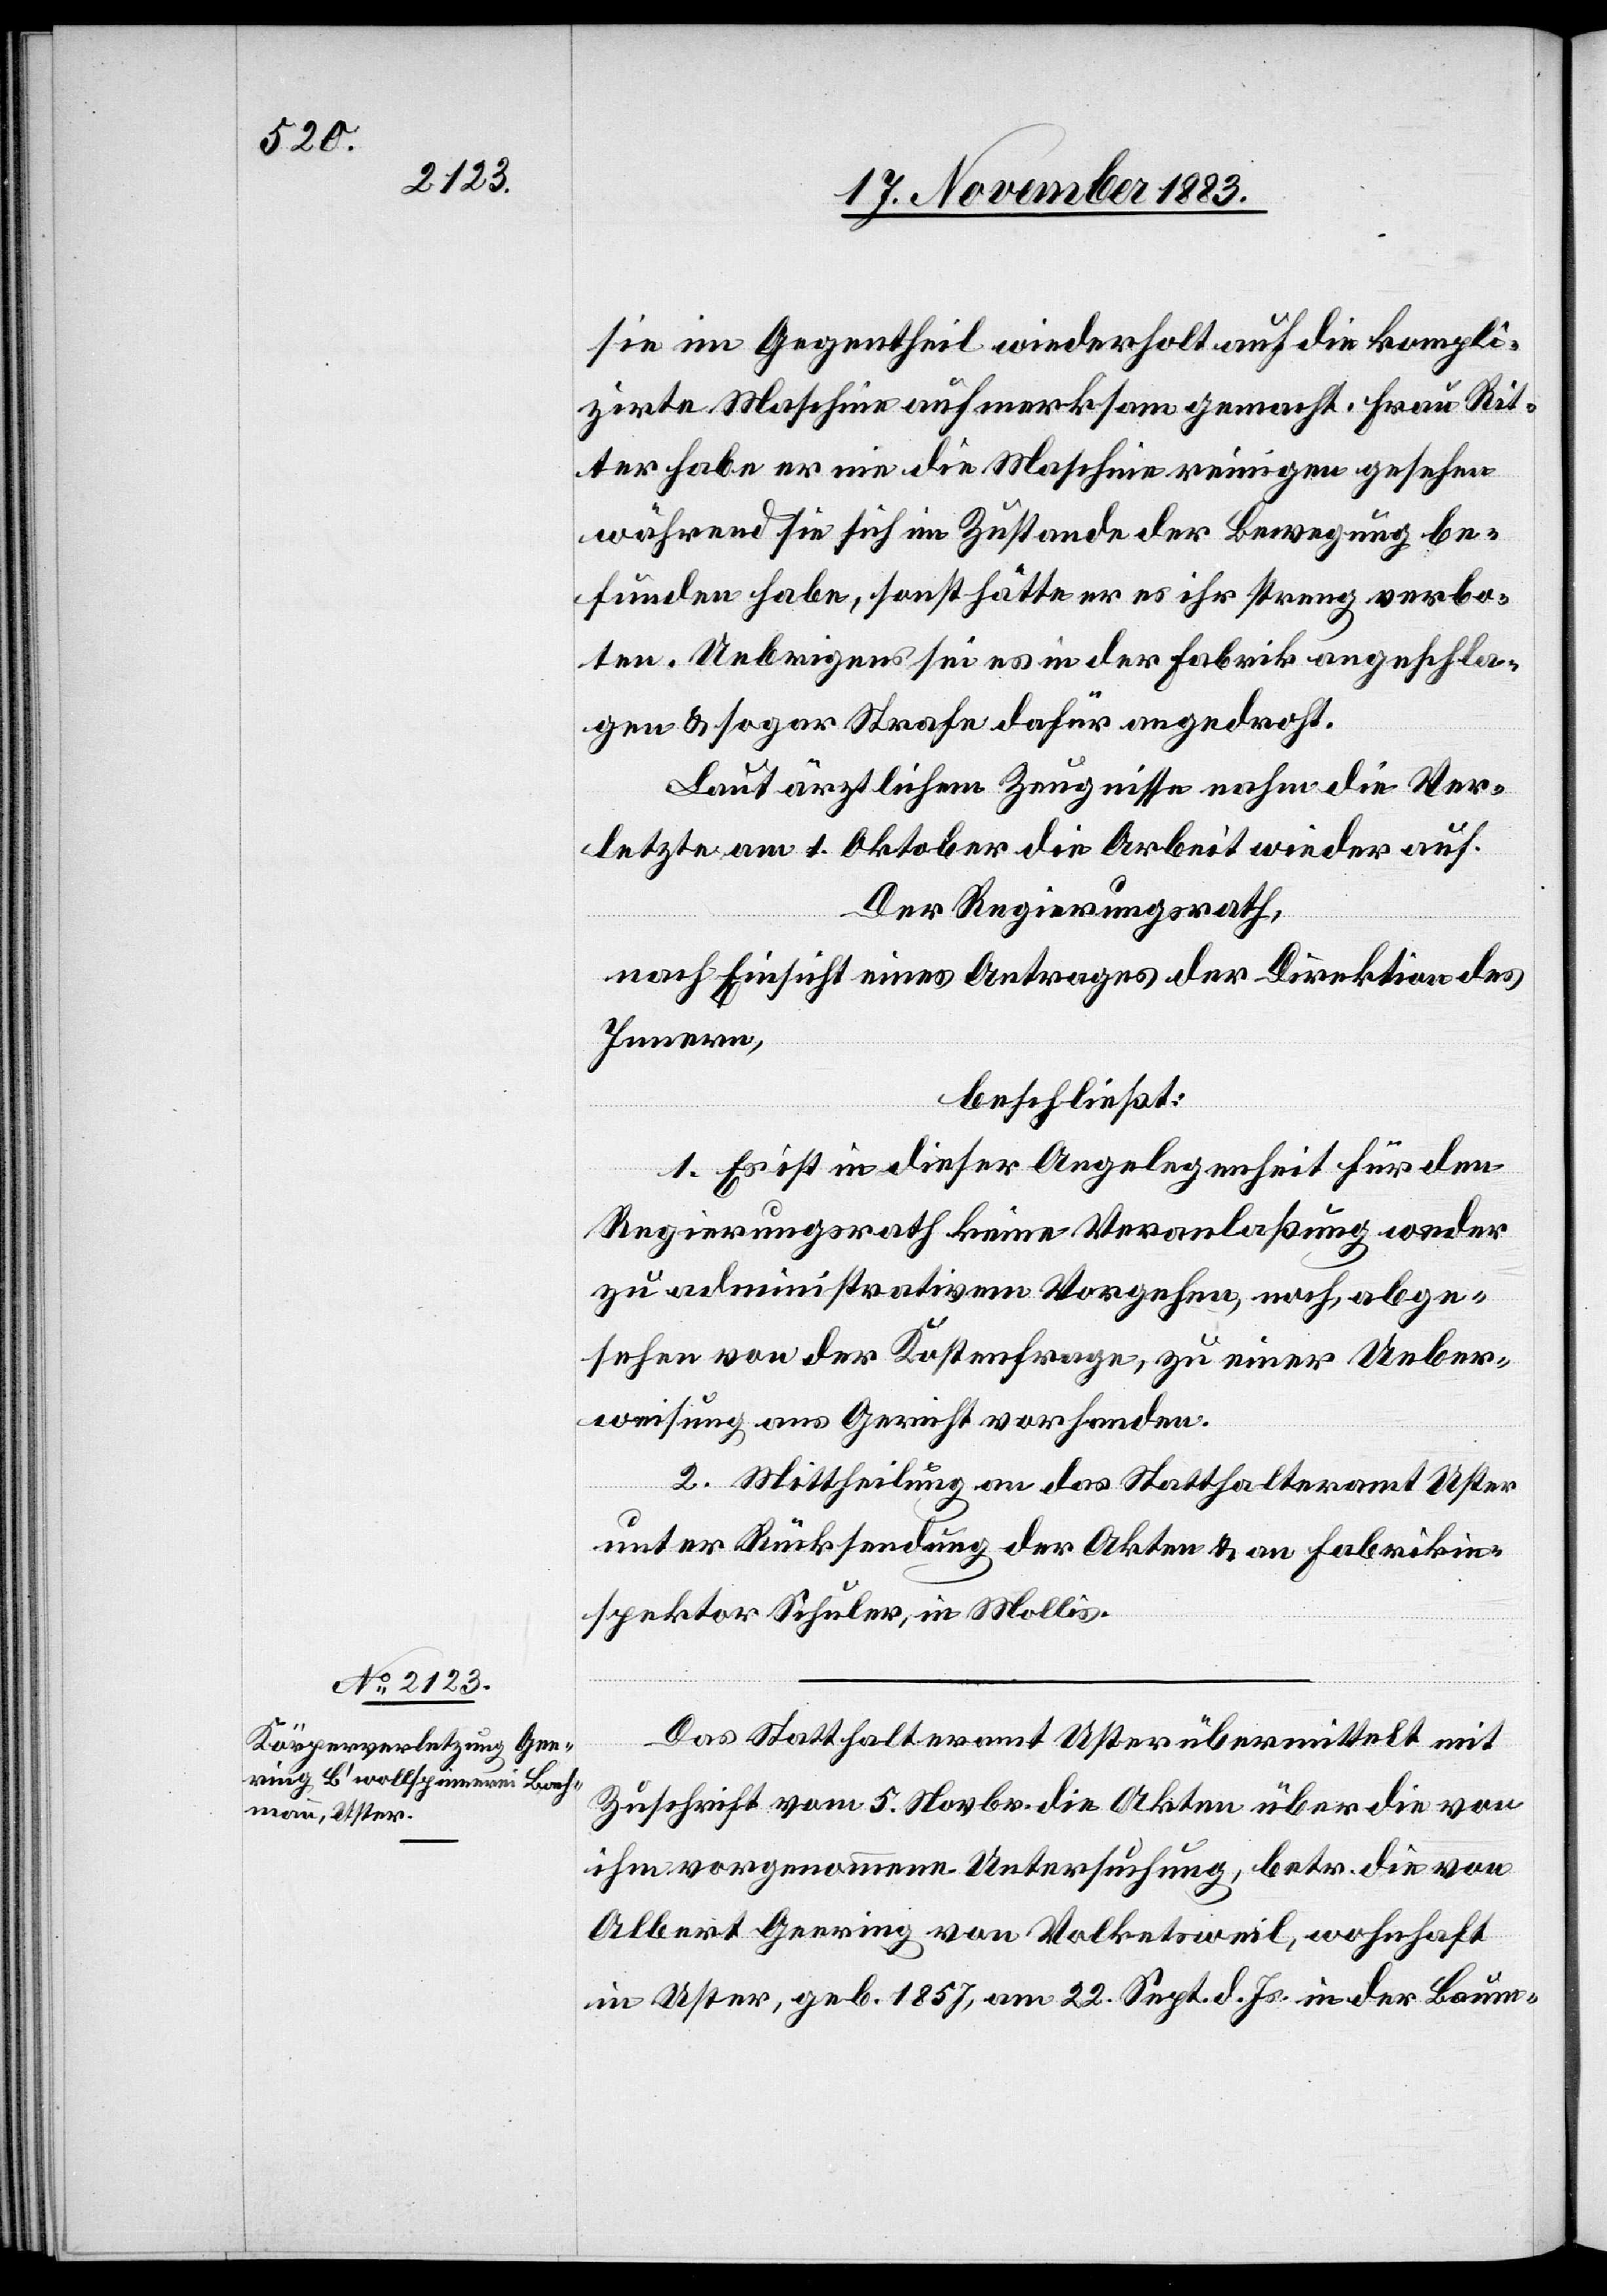
sie im Gegentheil wiederholt auf die kompli¬
zirte Maschine aufmerksam gemacht. Frau Rit¬
ter habe er nie die Maschine reinigen gesehen
während sie sich im Zustande der Bewegung be¬
funden habe, sonst hätte er es ihr streng verbo¬
ten. Uebrigens sei es in der Fabrik angeschla¬
gen & sogar Strafe dafür angedroht.
Laut ärztlichem Zeugnisse nahm die Ver¬
letzte am 1. Oktober die Arbeit wieder auf.
Der Regierungsrath,
nach Einsicht eines Antrages der Direktion des
Innern,
beschließt:
1. Es ist in dieser Angelegenheit für den
Regierungsrath keine Veranlaßung weder
zu administrativem Vorgehen, noch, abge¬
sehen von der Kostenfrage, zu einer Ueber¬
weisung ans Gericht vorhanden.
2. Mittheilung an das Statthalteramt Uster
unter Rücksendung der Akten & an Fabrikin¬
spektor Schuler, in Mollis.
Das Statthalteramt Uster übermittelt mit
Zuschrift vom 5. Novbr. die Akten über die von
ihm vorgenommene Untersuchung, betr. die von
Albert Geering von Volketsweil, wohnhaft
in Uster, geb. 1857, am 22. Sept. d. Js. in der Baum-